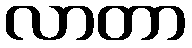
လာတာ